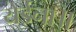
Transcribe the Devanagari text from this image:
येईना॥